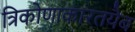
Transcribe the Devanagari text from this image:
त्रिकोणाकारतयैब